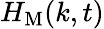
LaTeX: H_{\mathrm{M}}(k,t)